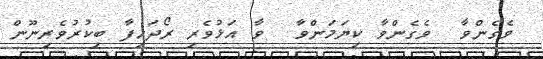
ވެގެންވާ  ވެގެންވާ ކިޔަމަންވާ  ވާ އަޅުވެރި ރޯދަހިފާ ބިކުރުވެރިނޫން